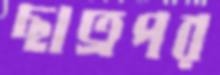
ছাত্রপর